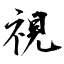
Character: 視